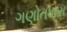
ગણોતધારા